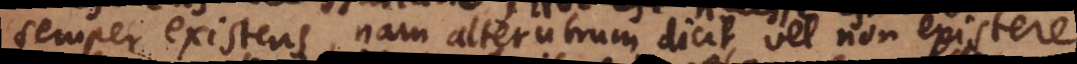
semper existens, nam alterutrum dicit, vel non existere